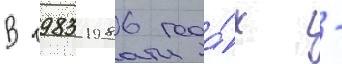
В 1983-1986 года́х -